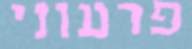
פרעוני